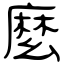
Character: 麼